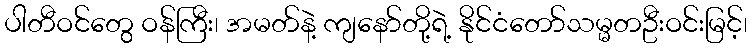
ပါတီဝင်တွေ ဝန်ကြီး၊ အမတ်နဲ့ ကျနော်တို့ရဲ့ နိုင်ငံတော်သမ္မတဦးဝင်းမြင့်၊